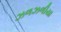
ઝળઝળીયા